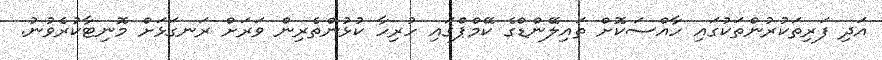
އަދި ފަރިތަކުރުންތަކުގައި ހާއްސަކޮށް ތައިލޭންޑްގެ ކޭމްޕްގައި ހުރިހާ ކުޅުންތެރިން ވަރަށް ރަނގަޅަށް މޮނިޓާކުރެވުނު.